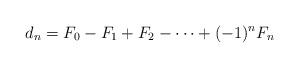
LaTeX: \begin{align*}d_n=F_0-F_1+F_2-\dots +(-1)^nF_n\end{align*}